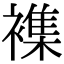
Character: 襍